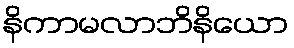
နိကာမလာဘိနိယော